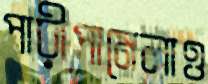
পারীপামেলাও